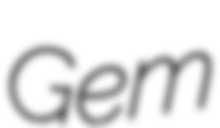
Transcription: Gem